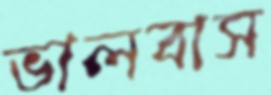
ভালবাস